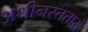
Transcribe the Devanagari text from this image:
अधीनस्ततायें